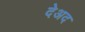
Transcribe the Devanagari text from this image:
देअद